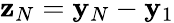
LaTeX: {\mathbf z}_{N}={\mathbf y}_{N}-{\mathbf y}_{1}